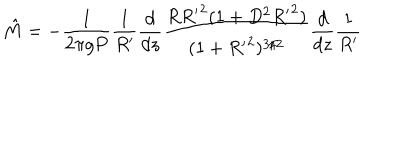
LaTeX: { \hat { M } } = - \frac { 1 } { 2 \pi g P } \frac { 1 } { R ^ { \prime } } \frac { d } { d z } \frac { R { R ^ { \prime } } ^ { 2 } ( 1 + D ^ { 2 } { R ^ { \prime } } ^ { 2 } ) } { ( 1 + { R ^ { \prime } } ^ { 2 } ) ^ { 3 / 2 } } \frac { d } { d z } \frac { 1 } { R ^ { \prime } }